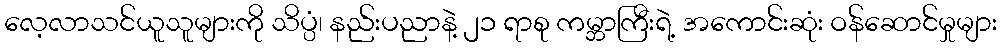
လေ့လာသင်ယူသူများကို သိပ္ပံ၊ နည်းပညာနဲ့ ၂၁ ရာစု ကမ္ဘာကြီးရဲ့ အကောင်းဆုံး ဝန်ဆောင်မှုများ